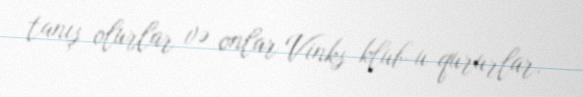
tanış olurlar və onlar Vinks klub-u qururlar.